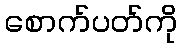
စောက်ပတ်ကို